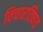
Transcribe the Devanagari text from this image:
विचारविषय